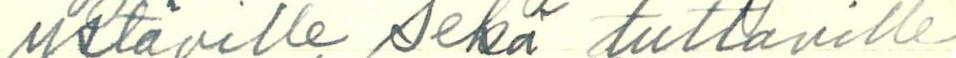
ystäville sekä tuttaville